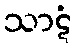
သာဋံ